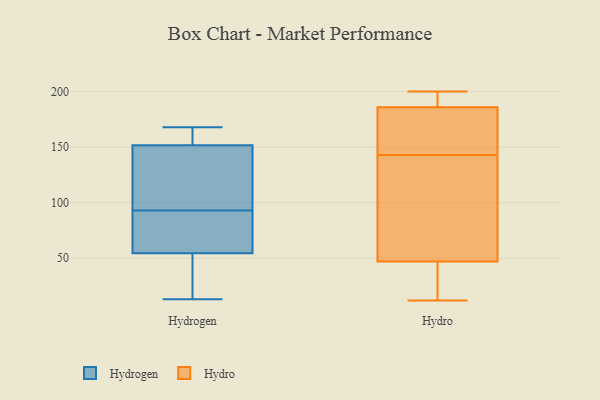
{"axis": {"x": "Energy Usage (MWh)", "y": "Value"}, "legend": ["Hydro", "Hydrogen"], "data": [{"x": "", "y": 59, "type": "Hydrogen"}, {"x": "", "y": 83, "type": "Hydrogen"}, {"x": "", "y": 155, "type": "Hydrogen"}, {"x": "", "y": 115, "type": "Hydrogen"}, {"x": "", "y": 130, "type": "Hydrogen"}, {"x": "", "y": 155, "type": "Hydrogen"}, {"x": "", "y": 168, "type": "Hydrogen"}, {"x": "", "y": 93, "type": "Hydrogen"}, {"x": "", "y": 13, "type": "Hydrogen"}, {"x": "", "y": 53, "type": "Hydrogen"}, {"x": "", "y": 89, "type": "Hydrogen"}, {"x": "", "y": 65, "type": "Hydrogen"}, {"x": "", "y": 31, "type": "Hydrogen"}, {"x": "", "y": 142, "type": "Hydrogen"}, {"x": "", "y": 168, "type": "Hydrogen"}, {"x": "", "y": 20, "type": "Hydrogen"}, {"x": "", "y": 129, "type": "Hydrogen"}, {"x": "", "y": 167, "type": "Hydrogen"}, {"x": "", "y": 14, "type": "Hydrogen"}, {"x": "", "y": 65, "type": "Hydro"}, {"x": "", "y": 126, "type": "Hydro"}, {"x": "", "y": 160, "type": "Hydro"}, {"x": "", "y": 200, "type": "Hydro"}, {"x": "", "y": 194, "type": "Hydro"}, {"x": "", "y": 12, "type": "Hydro"}, {"x": "", "y": 29, "type": "Hydro"}, {"x": "", "y": 22, "type": "Hydro"}, {"x": "", "y": 178, "type": "Hydro"}, {"x": "", "y": 173, "type": "Hydro"}, {"x": "", "y": 65, "type": "Hydro"}, {"x": "", "y": 197, "type": "Hydro"}]}